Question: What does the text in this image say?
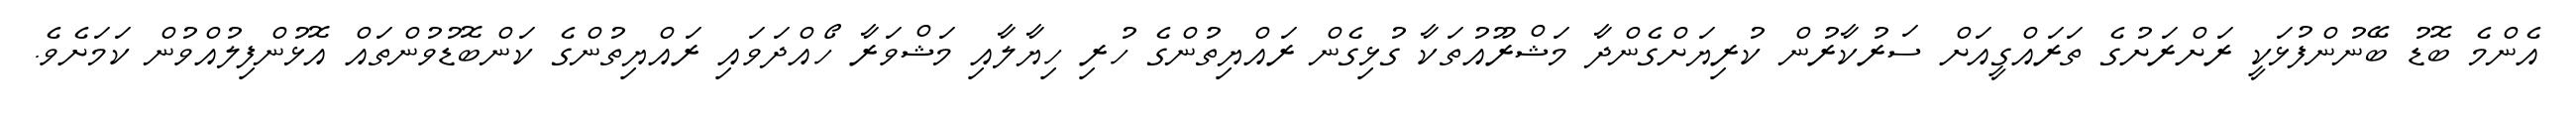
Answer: އެންމެ ބޮޑު ބޭނުންފުޅަކީ ރަށްރަށުގެ ތަރައްގީއަށް ސަރުކާރުން ކުރިޔަށްގެންދާ މަޝްރޫއުތަކާ ގުޅިގެން ރައްޔިތުންގެ ހުރި ހިޔާލާއި މަޝްވަރާ ހޯއްދަވައި ރައްޔިތުންގެ ކަންބޮޑުވުންތައް އޮޅުންފިލުއްވުން ކަމަށެވެ.